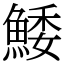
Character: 鯘